Madras plague regulations and rules - Volume 2
Disease focus: Plague
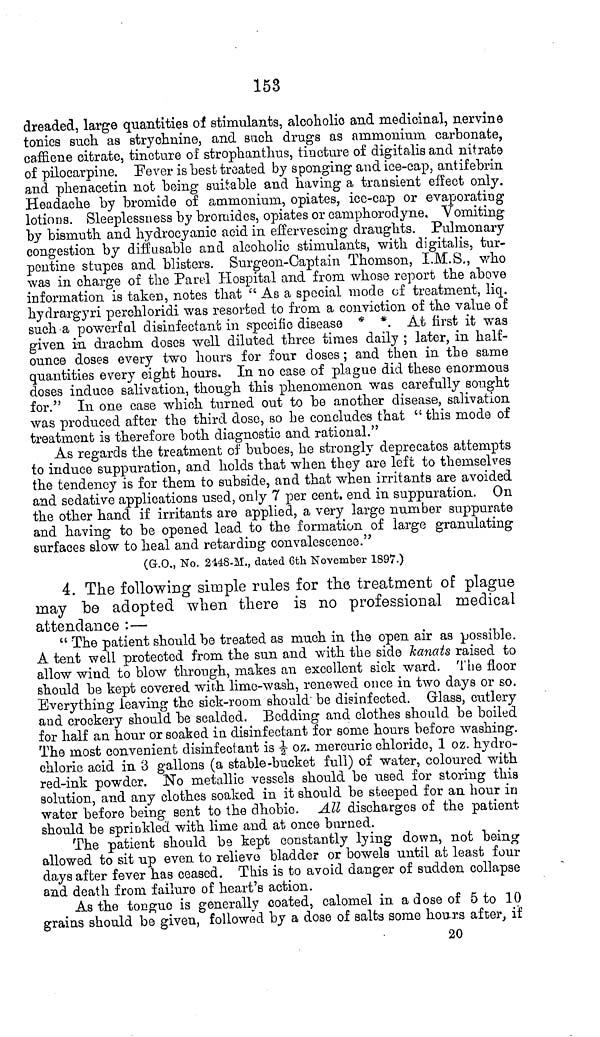
153
dreaded, large quantities of stimulants, alcoholic and medicinal, nervine
tonics such as strychnine, and such drugs as ammonium carbonate,
caffiene citrate, tincture of strophanthus, tincture of digitalis and nitrate
of pilocarpine. Fever is best treated by sponging and ice-cap, antifebrin
and phenacetin not being suitable and having a transient effect only.
Headache by bromide of ammonium, opiates, ice-cap or evaporating
lotions. Sleeplessness by bromides, opiates or camphorodyne. Vomiting
by bismuth and hydrocyanic acid in effervescing draughts. Pulmonary
congestion by diffusable and alcoholic stimulants, with digitalis, tur-
pentine stupes and blisters. Surgeon-Captain Thomson, I.M.S., who
was in charge of the Parel Hospital and from whose report the above
information is taken, notes that " As a special, mode of treatment, liq.
hydrargyri perchloridi was resorted to from a conviction of the value of
such a powerful disinfectant in specific disease * *. At first it was
given in drachm doses well diluted three times daily ; later, in half-
ounce doses every two hours for four doses; and then in the same
quantities every eight hours. In no case of plague did these enormous
doses induce salivation, though this phenomenon was carefully sought
for." In one case which turned out to be another disease, salivation
was produced after the third dose, so he concludes that " this mode of
treatment is therefore both diagnostic and rational."
As regards the treatment of buboes, he strongly deprecates attempts
to induce suppuration, and holds that when they are left to themselves
the tendency is for them to subside, and that when irritants are avoided
and sedative applications used, only 7 per cent. end in suppuration. On
the other hand if irritants are applied, a very large number suppurate
and having to be opened lead to the formation of large granulating
surfaces slow to heal and retarding convalescence."
(G.O., No. 2148-H., dated 6th November 1897.)
4. The following simple rules for the treatment of plague
may be adopted when there is no professional medical
attendance :—
" The patient should be treated as much in the open air as possible.
A tent well protected from the sun and with the side kanats raised to
allow wind to blow through, makes an excellent sick ward. The floor
should be kept covered with lime-wash, renewed once in two days or so.
Everything leaving the sick-room should be disinfected. Glass, cutlery
and crockery should be scalded. Bedding and clothes should be boiled
for half an hour or soaked in disinfectant for some hours before washing.
The most convenient disinfectant is ½ oz. mercuric chloride, 1 oz. hydro-
chloric acid in 3 gallons (a stable-bucket full) of water, coloured Math
red-ink powder. No metallic vessels should be used for storing this
solution, and any clothes soaked in it should be steeped for an hour in
water before being sent to the dhobie. All discharges of the patient
should be sprinkled with lime and at once burned.
The patient should be kept constantly lying down, not being
allowed to sit up even to relievo bladder or bowels until at least four
days after fever has ceased. This is to avoid danger of sudden collapse
and death from failure of heart's action.
As the tongue is generally coated, calomel in a dose of 5 to 10
grains should be given, followed by a dose of salts some hours after, if
20